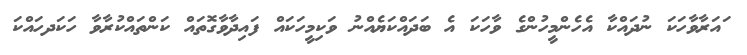
ައަރާވާހަކަ ނުދައްކާ އެހެންމީހުންގެ ވާހަކަ އެ ބަދައްކަޔެއްނު ވަކިމީހަކައް ފައިދާވާގޮތައް ކަންތައްކުރާވާ ހަކަދހައްކަ